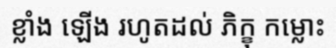
ខ្លាំង ឡើង រហូតដល់ ភិក្ខុ កម្លោះ